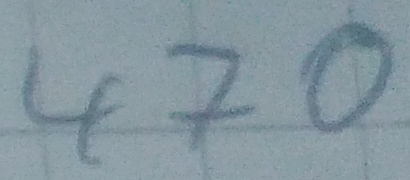
Text: 470